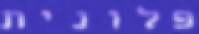
פלונית